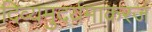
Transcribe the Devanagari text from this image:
दिव्यमुदर्यमाकरजं